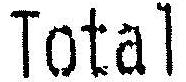
TOTAL